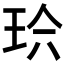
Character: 𱮹